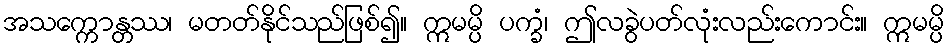
အသက္ကောန္တဿ၊ မတတ်နိုင်သည်ဖြစ်၍။ ဣမမ္ပိ ပက္ခံ၊ ဤလခွဲပတ်လုံးလည်းကောင်း။ ဣမမ္ပိ